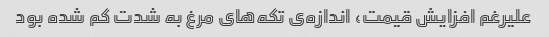
علیرغم افزایش قیمت، اندازه‌ی تکه‌های مرغ به شدت کم شده بود